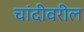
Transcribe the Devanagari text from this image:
चांदीवरील